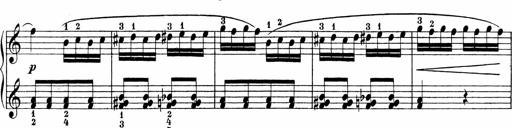
Title: Sonatinen Op.47, 98 und 136, nebst 6 Liedersonatinen
Composer: Carl Reinecke